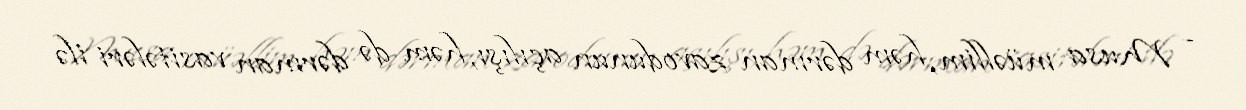
- Musa müəllim, həm dərman zavodunun açılışı, həm də dərman vasitələri ilə